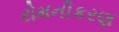
રોમનીકરણ